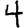
Digit: 4